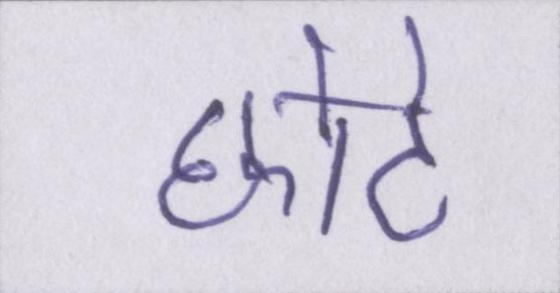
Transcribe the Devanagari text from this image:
छोटे